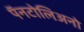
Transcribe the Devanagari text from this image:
पॅनटोलिअनो